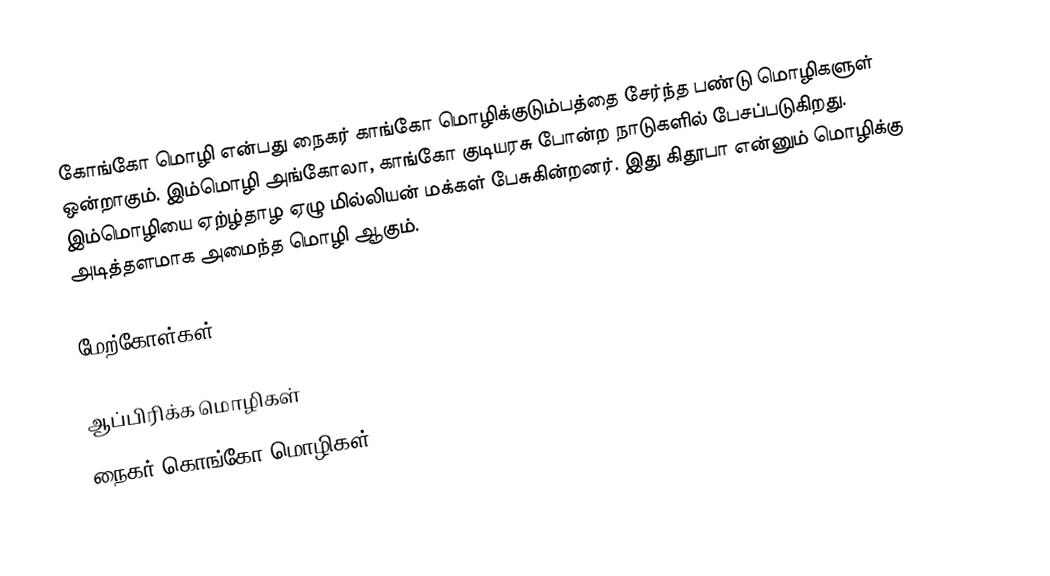
கோங்கோ மொழி என்பது நைகர் காங்கோ மொழிக்குடும்பத்தை சேர்ந்த பண்டு மொழிகளுள் ஒன்றாகும். இம்மொழி அங்கோலா, காங்கோ குடியரசு போன்ற நாடுகளில் பேசப்படுகிறது. இம்மொழியை ஏற்ழ்தாழ ஏழு மில்லியன் மக்கள் பேசுகின்றனர். இது கிதூபா என்னும் மொழிக்கு அடித்தளமாக அமைந்த மொழி ஆகும்.

மேற்கோள்கள்

ஆப்பிரிக்க மொழிகள்
நைகர்-கொங்கோ மொழிகள்